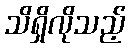
သိရှိလိုသည့်